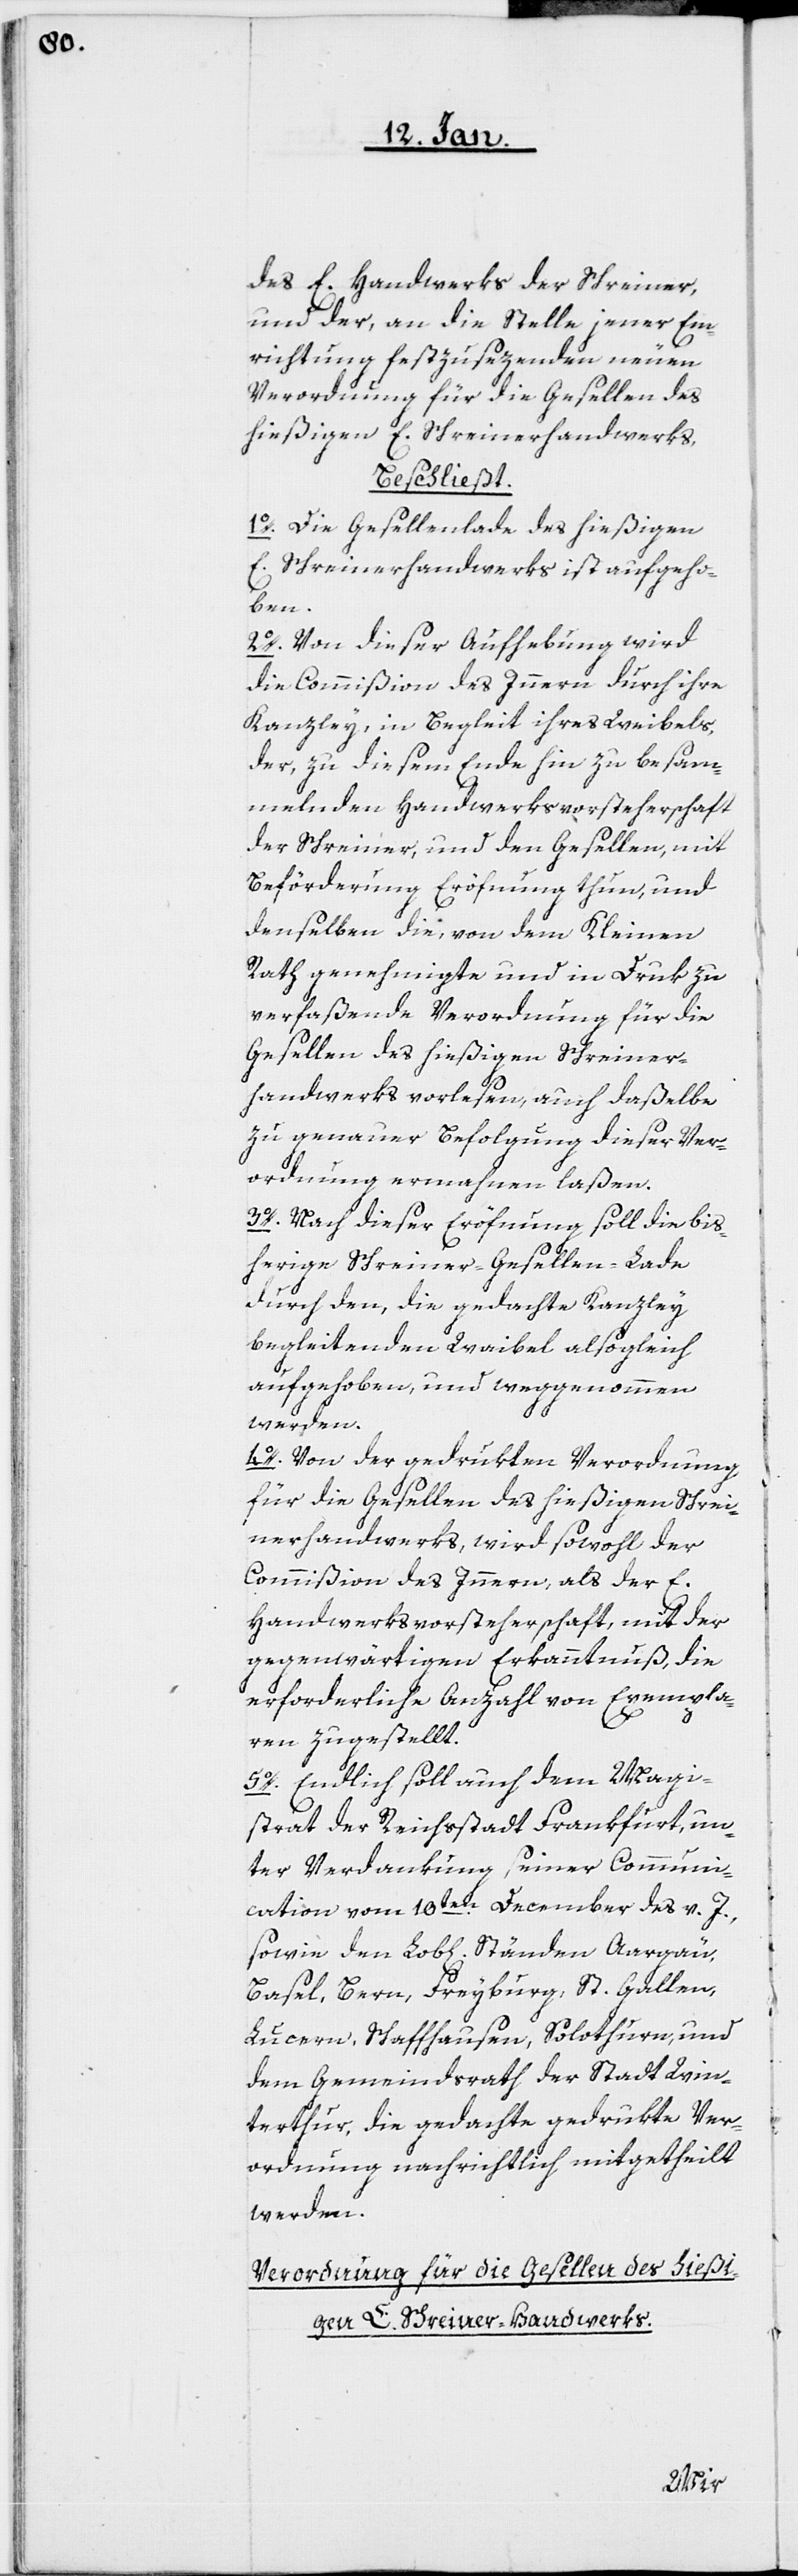
des E. Handwerks der Schreiner,
und der, an die Stelle jener Ein¬
richtung festzusezenden neuen
Verordnung für die Gesellen des
hießigen E. Schreiner-Handwerks.
beschließt:
1o. Die Gesellenlade des hießigen
E. Schreinerhandwerks ist aufgeho¬
ben.
2o. Von dieser Aufhebung wird
die Commißion des Innern durch ihre
Canzley in Begleit ihres Weibels,
der, zu diesem Ende hin zu besam¬
melnden Handwerksvorsteherschaft
der Schreiner, und den Gesellen, mit
Beförderung Eröfnung thun, und
denselben die, von dem Kleinen
Rath genehmigte und in Druk zu
verfaßende Verordnung für die
Gesellen des hießigen Schreiner¬
handwerks vorlesen, auch daßelbe
zu genauer Befolgung dieser Ver¬
ordnung ermahnen laßen.
3o. Nach dieser Eröfnung soll die bis¬
herige Schreiner-Gesellen-Lade
durch den, die gedachte Canzley
begleitenden Weibel alsogleich
aufgehoben, und weggenommen
werden.
4o. Von der gedrukten Verordnung
für die Gesellen des hießigen Schrei¬
nerhandwerks, wird sowohl der
Commißion des Innern, als der E.
Handwerksvorsteherschaft, mit der
gegenwärtigen Erkanntnuß, die
erforderliche Anzahl von Exempla¬
ren zugestellt.
5o. Endlich soll auch dem Magi¬
strat der Reichsstadt Frankfurt, un¬
ter Verdankung seiner Communi¬
cation vom 10ten. December des v. J.,
sowie den Lob[lichen] Ständen Aargäu,
Basel, Bern, Freyburg, St. Gallen,
Lucern, Schaffhausen, Solothurn und
dem Gemeindsrath der Stadt Win¬
terthur, die gedachte gedrukte Ver¬
ordnung nachrichtlich mitgetheilt
werden.